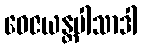
ဝေဇယန္တပါသာဒါ